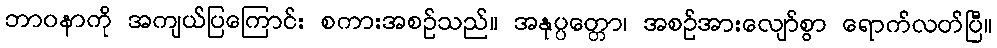
ဘာဝနာကို အကျယ်ပြကြောင်း စကားအစဉ်သည်။ အနုပ္ပတ္တော၊ အစဉ်အားလျော်စွာ ရောက်လတ်ပြီ။